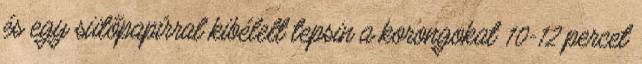
és egy sütőpapírral kibélelt tepsin a korongokat 10-12 percet